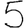
Digit: 5